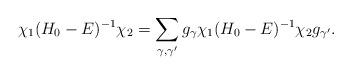
LaTeX: \begin{align*}\chi_1(H_0-E)^{-1}\chi_2=\sum_{\gamma,\gamma'}g_\gamma\chi_1(H_0-E)^{-1}\chi_2g_{\gamma'}.\end{align*}